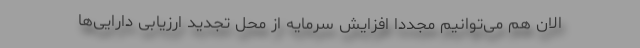
الان هم می‌توانیم مجددا افزایش سرمایه از محل تجدید ارزیابی دارایی‌ها